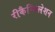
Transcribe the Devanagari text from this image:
रीकैन्सिलेशन